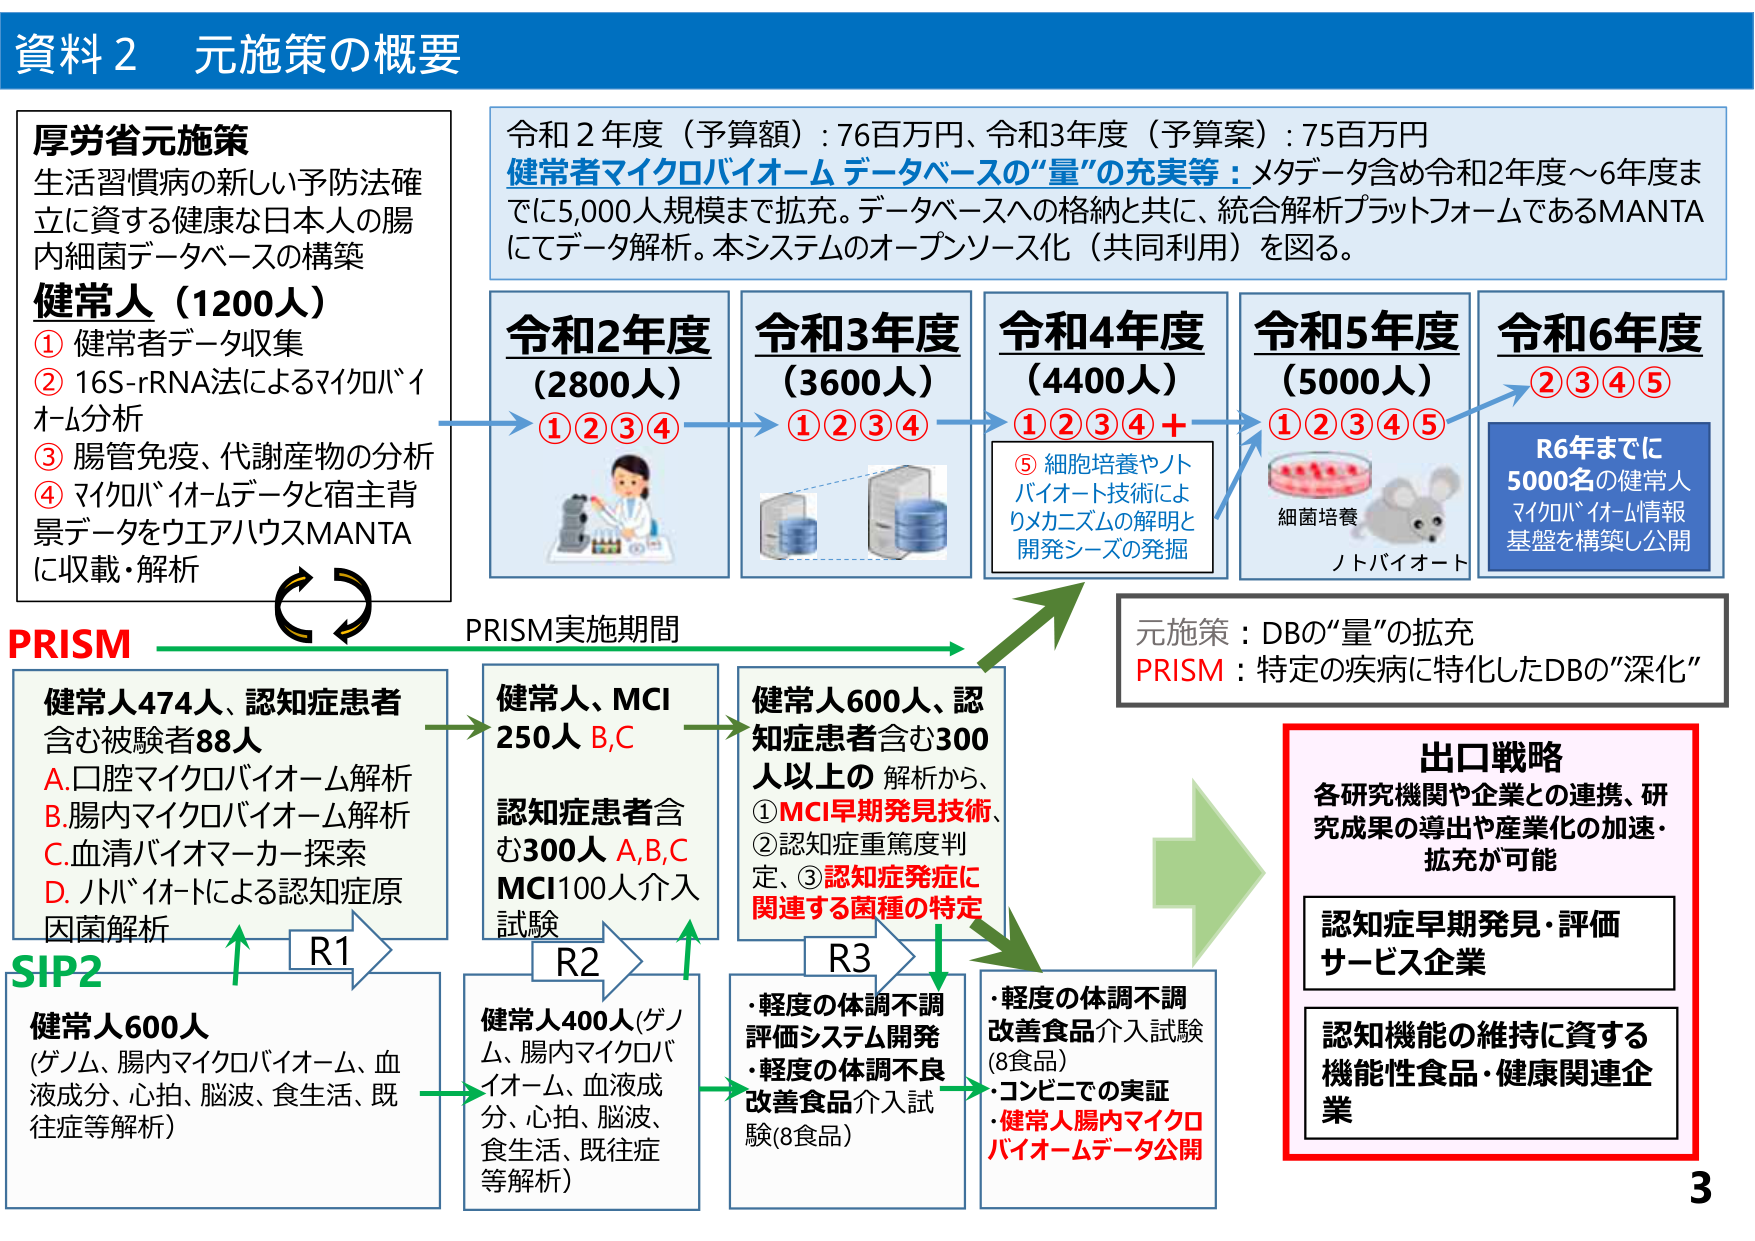
資料２ 元施策の概要

厚労省元施策
生活習慣病の新しい予防法確立に資する健康な日本人の腸内細菌データベースの構築

健常人（1200人）
① 健常者データ収集
② 16S-rRNA法によるマイクロバイオーム分析
③ 腸管免疫、代謝産物の分析
④ マイクロバイオームデータと宿主背景データをウエアハウスMANTAに収載・解析

PRISM

令和2年度（予算額）：76百万円、令和3年度（予算案）：75百万円
健常者マイクロバイオームデータベースの“量”の充実等：メタデータ含め令和2年度～6年度までに5,000人規模まで拡充。データベースへの格納と共に、統合解析プラットフォームであるMANTAにてデータ解析。本システムのオープンソース化（共同利用）を図る。

令和2年度（2800人） ①②③④
令和3年度（3600人） ①②③④
令和4年度（4400人） ①②③④＋
⑤ 細胞培養やノトバイオート技術によりメカニズムの解明と開発シーズの発掘
令和5年度（5000人） ①②③④⑤
細菌培養
ノトバイオート
令和6年度 ②③④⑤
R6年までに5000名の健常人マイクロバイオーム情報基盤を構築し公開

PRISM実施期間

元施策：DBの“量”の拡充
PRISM：特定の疾病に特化したDBの“深化”

SIP2
健常人600人
（ゲノム、腸内マイクロバイオーム、血液成分、心拍、脳波、食生活、既往症等解析）

R1
健常人474人、認知症患者含む被験者88人
A. 口腔マイクロバイオーム解析
B. 腸内マイクロバイオーム解析
C. 血清バイオマーカー探索
D. ノトバイオートによる認知症原因菌解析

R2
健常人、MCI 250人 B,C
認知症患者含む300人 A,B,C
MCI100人介入試験

R3
健常人600人、認知症患者含む300人以上の解析から、
① MCI早期発見技術、
② 認知症重篤度判定、
③ 認知症発症に関連する菌種の特定

・軽度の体調不調評価システム開発
・軽度の体調不良改善食品介入試験（8食品）

・軽度の体調不調改善食品介入試験（8食品）
・コンビニでの実証
・健常人腸内マイクロバイオームデータ公開

出口戦略
各研究機関や企業との連携、研究成果の導出や産業化の加速・拡充が可能

認知症早期発見・評価サービス企業

認知機能の維持に資する機能性食品・健康関連企業

3